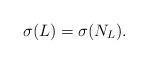
LaTeX: \begin{align*}\sigma (L) = \sigma (N_L ).\end{align*}